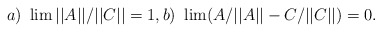
\begin{align*}a)\,\,\lim ||A||/||C||=1, b)\,\,\lim (A/||A||-C/||C||)=0.\end{align*}